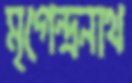
মৃগেন্দ্রনাথ